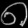
Digit: ၈